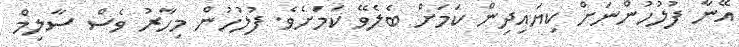
އޭނާ ފުލުހުންނަށް ކިޔައިދިން ކަމަށް ބެލެވޭ ކަމަށެވެ. ފުލުހުން މިހާރު ވެސް ސާލިމް